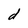
Character: d